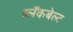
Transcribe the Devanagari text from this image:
ब्लॅकबेल्ट